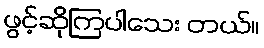
ဖွင့်ဆိုကြပါသေး တယ်။